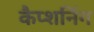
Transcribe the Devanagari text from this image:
कैप्शनिंग